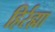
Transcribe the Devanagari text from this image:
हिर्रह्मा